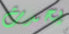
يحدث